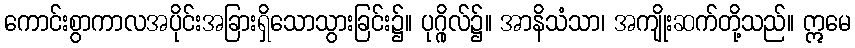
ကောင်းစွာကာလအပိုင်းအခြားရှိသောသွားခြင်း၌။ ပုဂ္ဂိုလ်၌။ အာနိသံသာ၊ အကျိုးဆက်တို့သည်။ ဣမေ